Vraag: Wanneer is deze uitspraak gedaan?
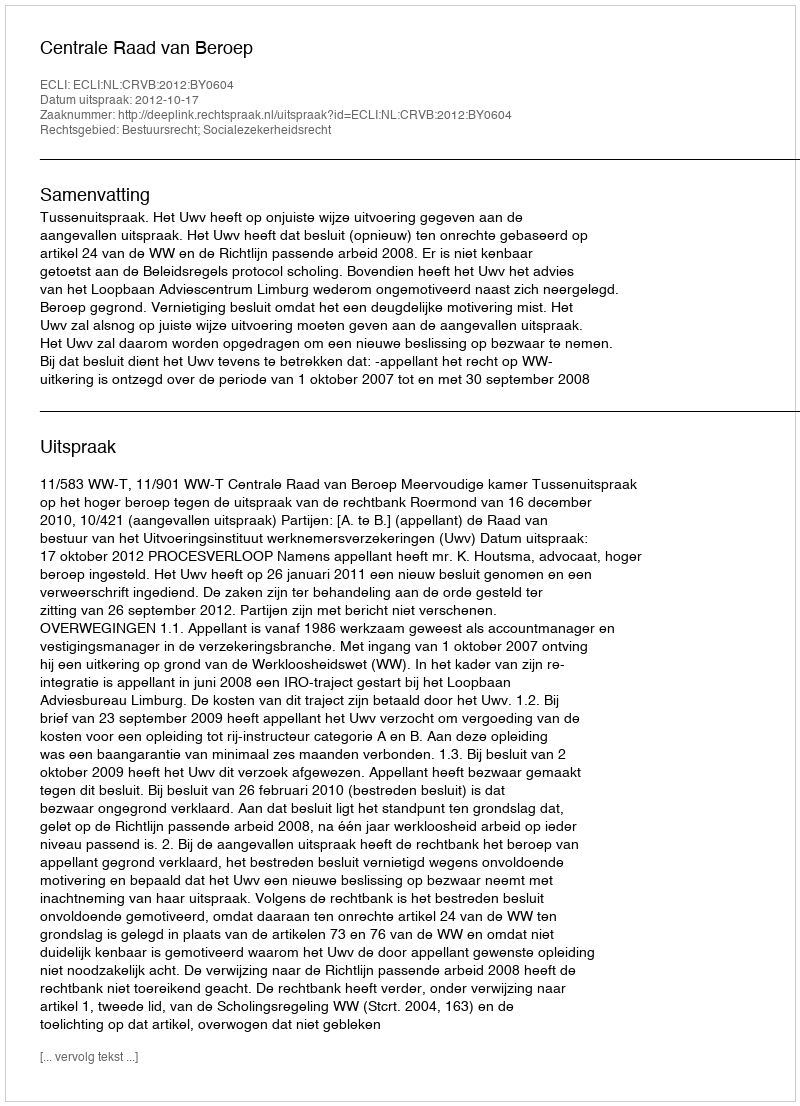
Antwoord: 2012-10-17